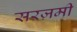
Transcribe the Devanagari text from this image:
सरज़मी